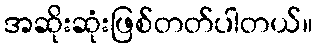
အဆိုးဆုံးဖြစ်တတ်ပါတယ်။